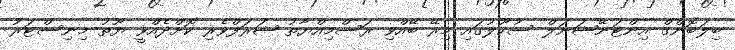
ބިލަބޮންގް އިންޓަނޭޝަނަލް ސުކޫލުގައި މިރޭ ބޭއްވި ރަސްމިއްޔާތު ޝަރަފްވެރި ކޮށްދެއްވީ ޔޫތު މިނިސްޓަރު